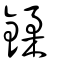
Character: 鍒